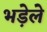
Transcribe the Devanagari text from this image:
भड़ेले